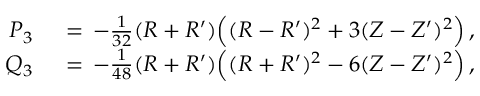
\begin{array} { r l } { P _ { 3 } \, } & { { } = \, - \frac { 1 } { 3 2 } ( R + R ^ { \prime } ) \Bigl ( ( R - R ^ { \prime } ) ^ { 2 } + 3 ( Z - Z ^ { \prime } ) ^ { 2 } \Bigr ) \, , } \\ { Q _ { 3 } \, } & { { } = \, - \frac { 1 } { 4 8 } ( R + R ^ { \prime } ) \Bigl ( ( R + R ^ { \prime } ) ^ { 2 } - 6 ( Z - Z ^ { \prime } ) ^ { 2 } \Bigr ) \, , } \end{array}